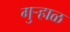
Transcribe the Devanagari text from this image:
गुऱ्हाळ